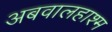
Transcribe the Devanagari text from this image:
अबवालहाश्म